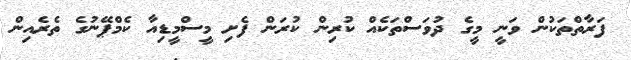
ފަރާތްތަކުން ވަނީ މީގެ ދުވަސްތަކެއް ކުރިން ކުރަން ފެށި މީސްމީޑިއާ ކެމްޕޭނުގެ ތެރެއިން